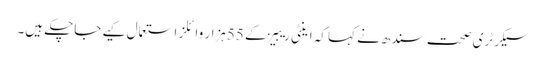
سیکرٹری صحت سندھ نے کہا کہ اینٹی ریبیز کے 55ہزار وائلز استعمال کیے جاچکے ہیں۔